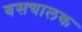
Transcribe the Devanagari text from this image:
बसचालक